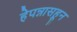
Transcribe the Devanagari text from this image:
हेपन्नासहून